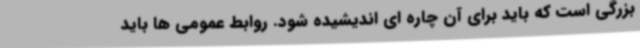
بزرگی است که باید برای آن چاره ای اندیشیده شود. روابط عمومی ها باید